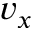
v _ { x }